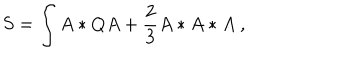
S = \int A * Q A + { \frac { 2 } { 3 } } A * A * A \ ,